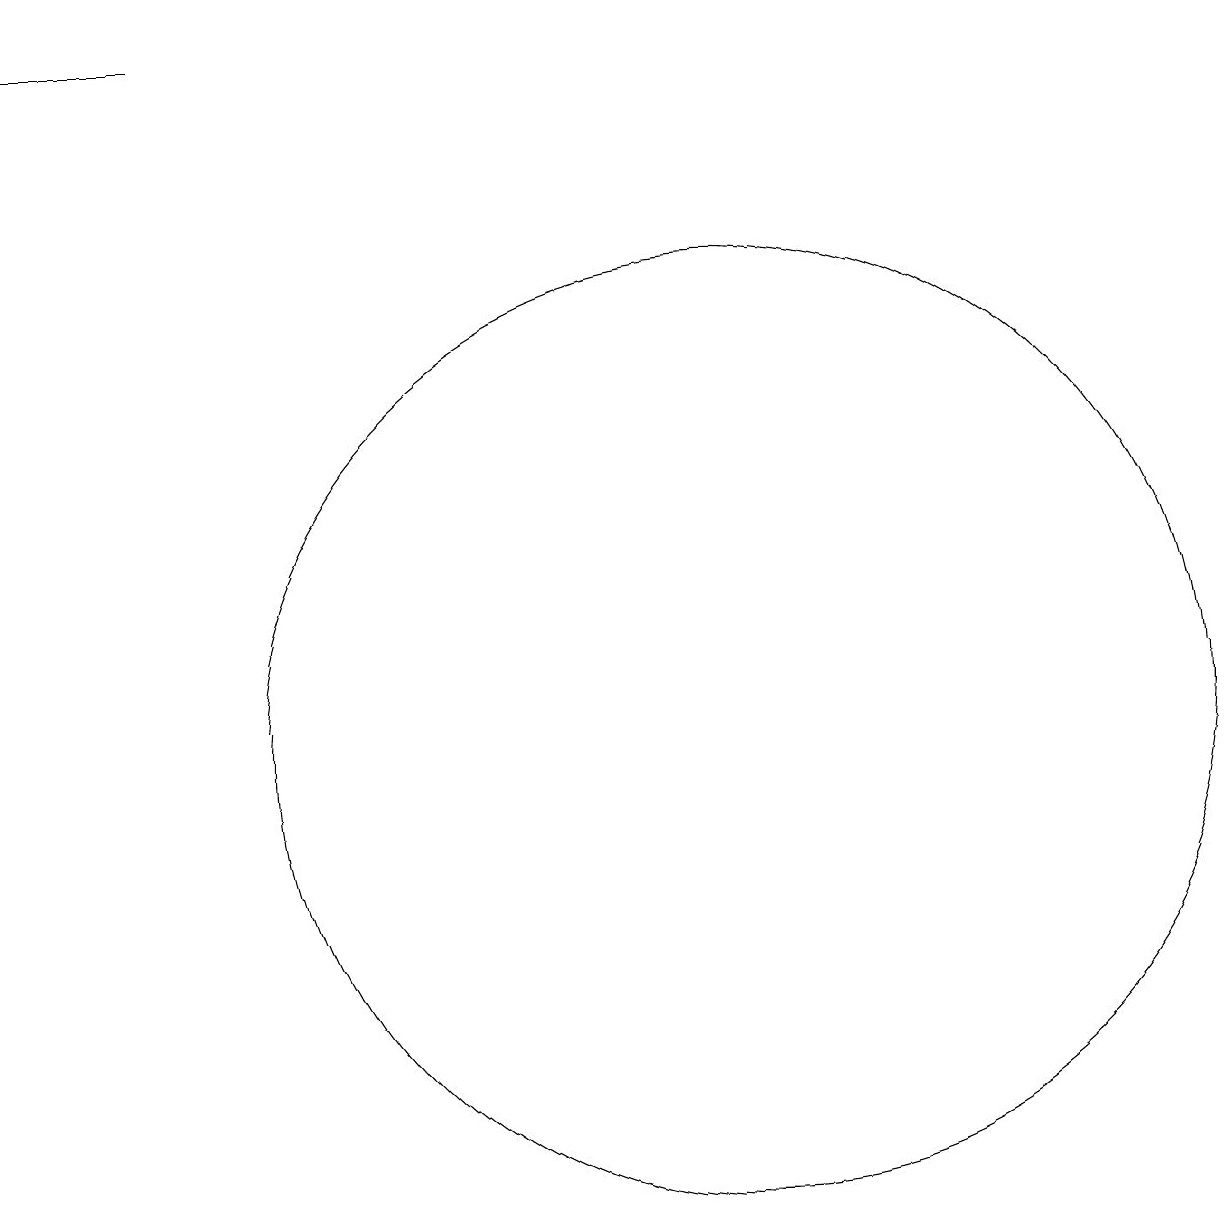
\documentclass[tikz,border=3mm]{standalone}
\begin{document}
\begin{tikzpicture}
\draw (10,10) circle (0);
\draw[->] (3,19) -- (1,19);
\draw (10,10) circle (6);
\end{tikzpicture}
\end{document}